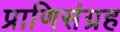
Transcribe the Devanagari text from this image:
प्राणिसंग्रह